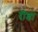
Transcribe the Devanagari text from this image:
रीडा